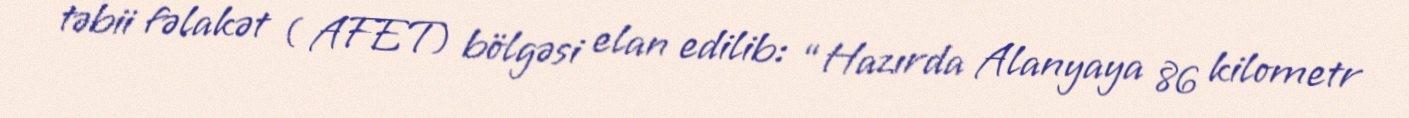
təbii fəlakət ( AFET) bölgəsi elan edilib: “Hazırda Alanyaya 86 kilometr